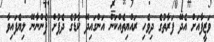
ވަޒީފާއަށް އެދޭ ފަރާތުގެ ދިވެހި ރައްޔިތެއްކަން އަންގައިދޭ ކާޑުގެ ދެފުށް ފެންނާނޭ ލިޔެފައިވާ